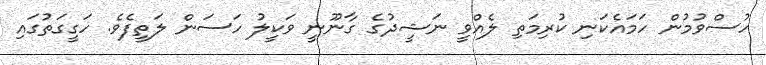
ހުސްވުމުން ހަމައެކަނި ކުރިމަތި ލެއްވީ ނަޝީދުގެ ގާނޫނީ ވަކީލު ހަސަން ލަތީފެވެ. ހަގީގަތުގައި